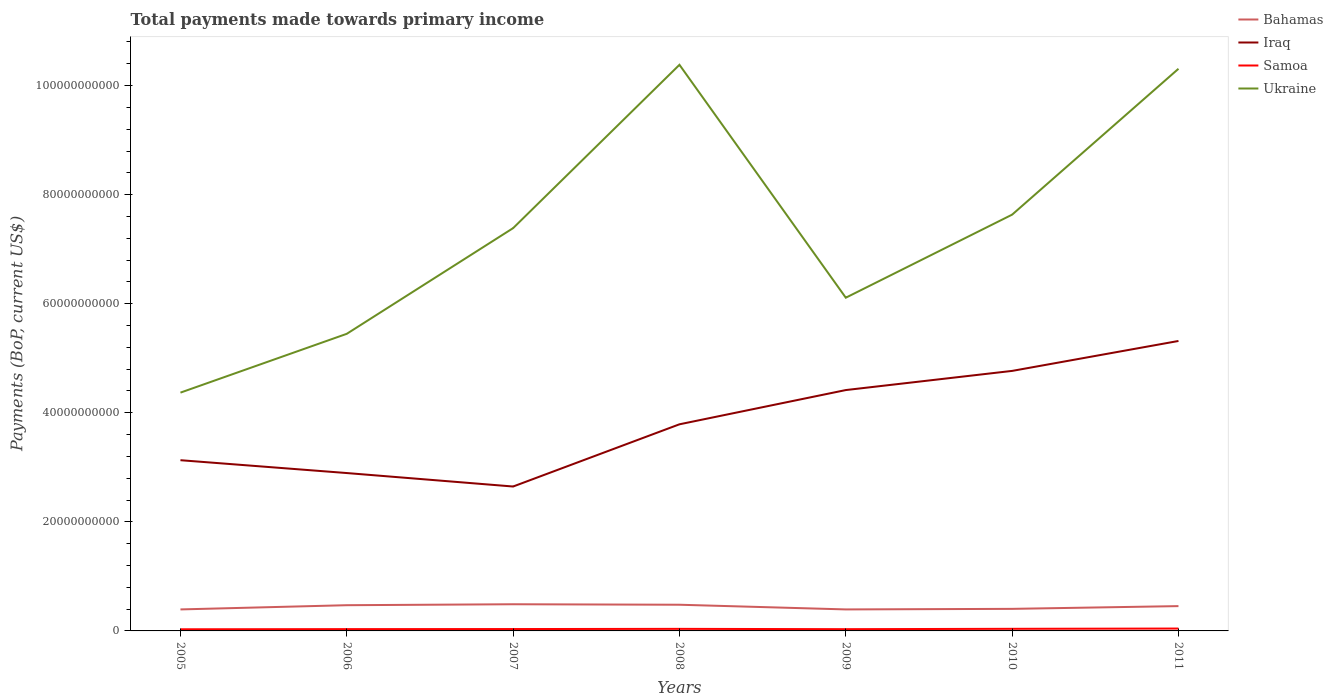
| Years | Bahamas | Iraq | Samoa | Ukraine |
 | --- | --- | --- | --- | --- |
 | 2005 | 3.94e+09 | 3.13e+10 | 3e+08 | 4.37e+10 |
 | 2006 | 4.71e+09 | 2.89e+10 | 3.29e+08 | 5.45e+10 |
 | 2007 | 4.89e+09 | 2.65e+10 | 3.44e+08 | 7.39e+10 |
 | 2008 | 4.8e+09 | 3.79e+10 | 3.77e+08 | 1.04e+11 |
 | 2009 | 3.94e+09 | 4.42e+10 | 3.2e+08 | 6.11e+10 |
 | 2010 | 4.05e+09 | 4.77e+10 | 3.86e+08 | 7.63e+10 |
 | 2011 | 4.55e+09 | 5.32e+10 | 4.34e+08 | 1.03e+11 |